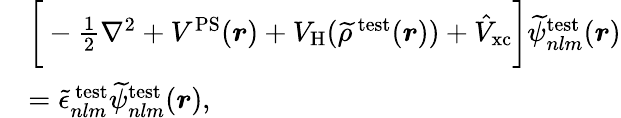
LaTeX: \begin{array}{rl}&{\bigg[-\frac{1}{2}\nabla^{2}+V^{\mathrm{PS}}(\boldsymbol{r})+V_{\mathrm{H}}(\widetilde{\rho}^{\mathrm{\, test}}(\boldsymbol{r}))+\hat{V}_{\mathrm{xc}}\bigg]\widetilde{\psi}_{nlm}^{\mathrm{test}}(\boldsymbol{r})}\\ &{=\widetilde{\epsilon}_{nlm}^{\mathrm{\, test}}\widetilde{\psi}_{nlm}^{\mathrm{test}}(\boldsymbol{r}),}\end{array}